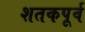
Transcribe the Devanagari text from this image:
शतकपूर्व